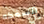
السمكه